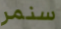
سنمر